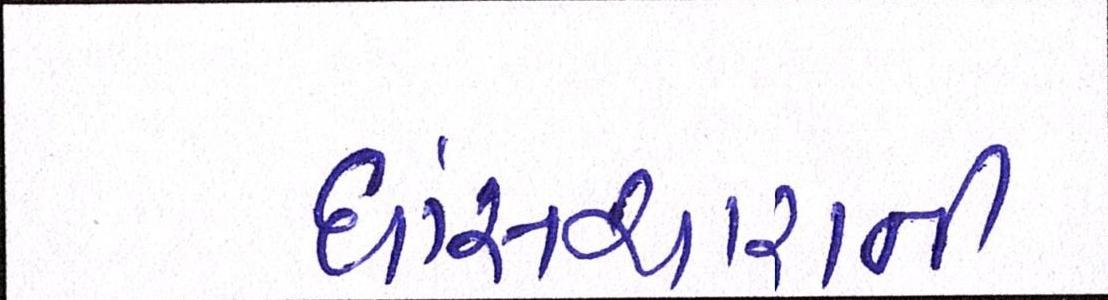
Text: ઘાંસચારાની